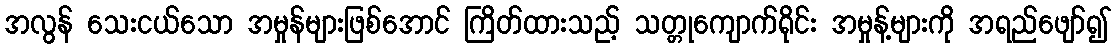
အလွန် သေးငယ်သော အမှုန်များဖြစ်အောင် ကြိတ်ထားသည့် သတ္တုကျောက်ရိုင်း အမှုန့်များကို အရည်ဖျော်၍